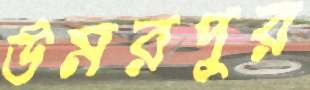
উমরপুর